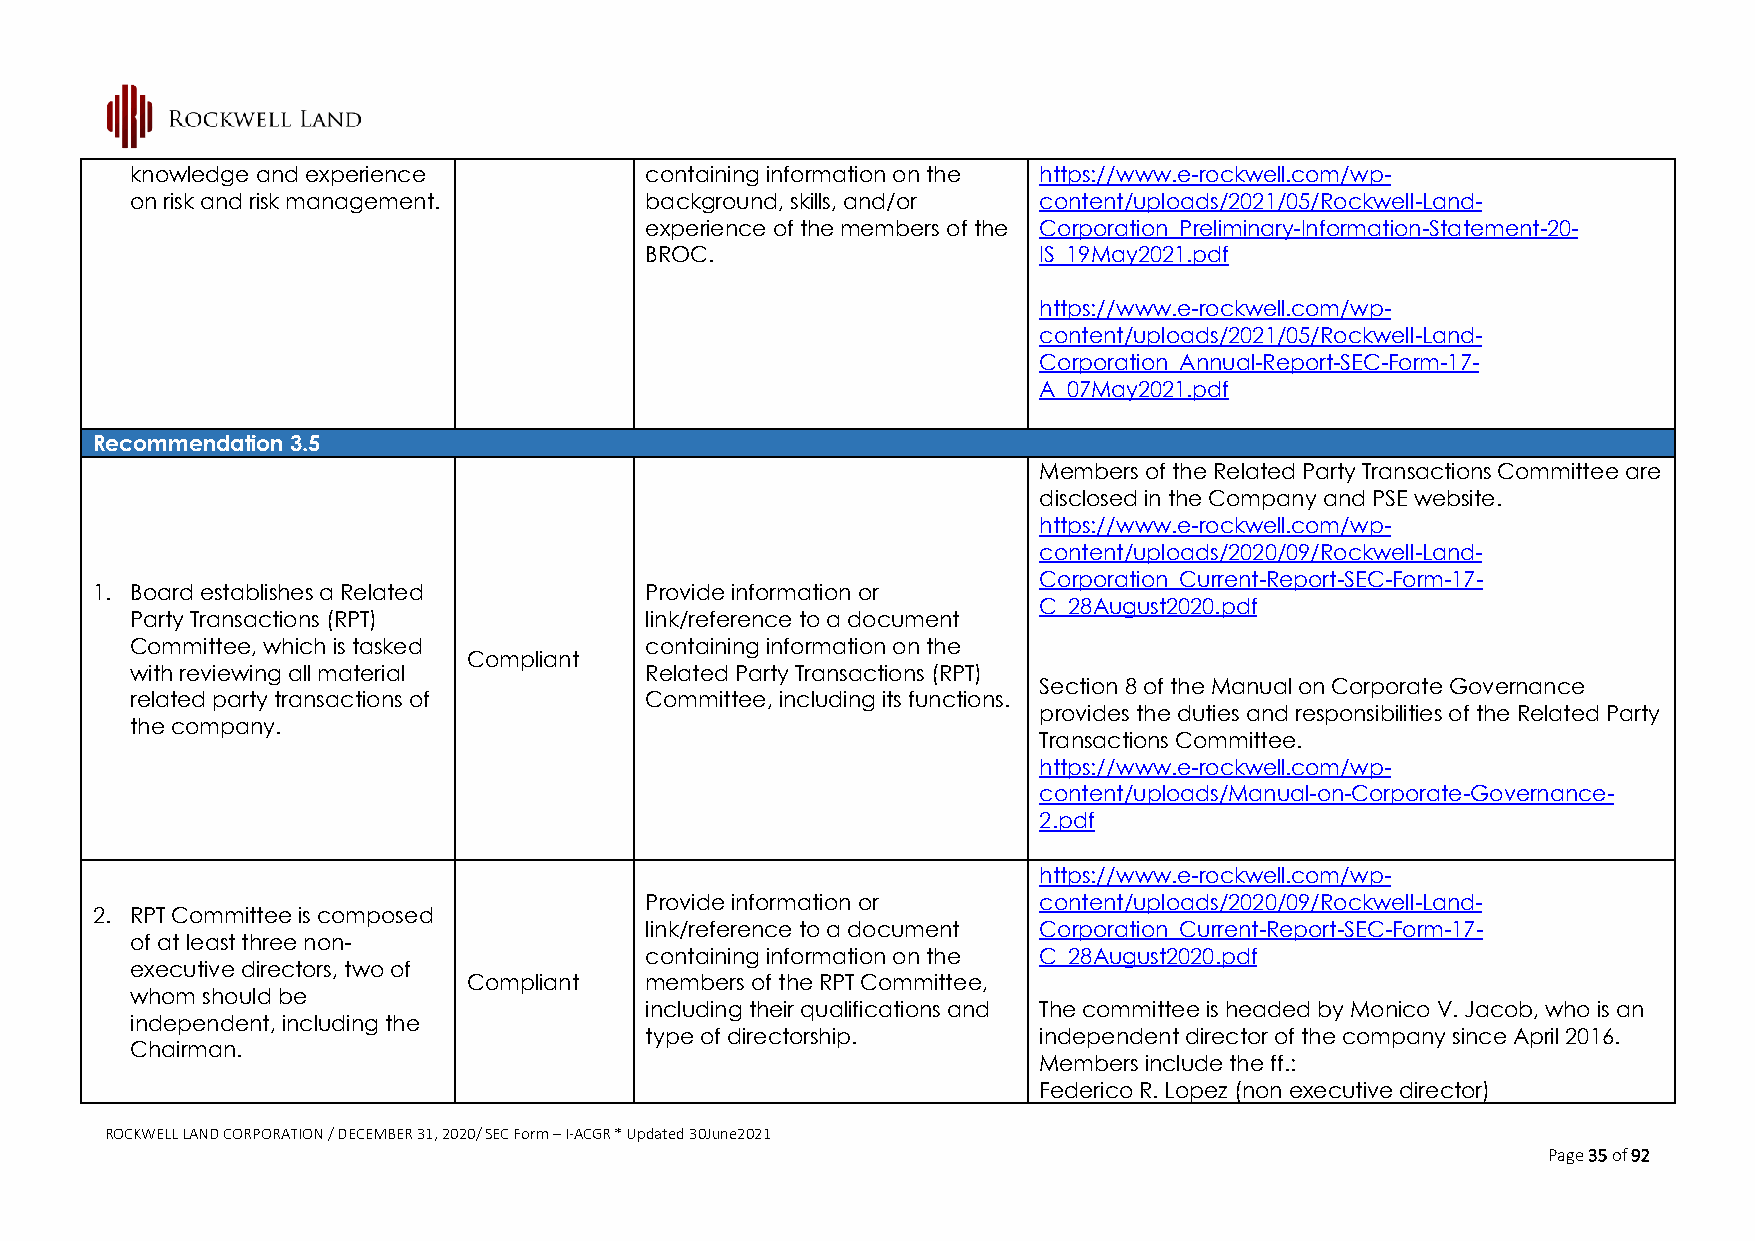
knowledge and experience          containing information on the https://www.e-rockwell.com/wp-
 on risk and risk management.      background, skills, and/or content/uploads/2021/05/Rockwell-Land-
 experience of the members of the Corporation_Preliminary-Information-Statement-20-
 BROC.                     IS_19May2021.pdf
 https://www.e-rockwell.com/wp-
 content/uploads/2021/05/Rockwell-Land-
 Corporation_Annual-Report-SEC-Form-17-
 A_07May2021.pdf
 Recommendation 3.5
 Members of the Related Party Transactions Committee are
 disclosed in the Company and PSE website.
 https://www.e-rockwell.com/wp-
 content/uploads/2020/09/Rockwell-Land-
 Corporation_Current-Report-SEC-Form-17-
 1. Board establishes a Related       Provide information or
 C_28August2020.pdf
 Party Transactions (RPT)          link/reference to a document
 Committee, which is tasked        containing information on the
 Compliant
 with reviewing all material       Related Party Transactions (RPT)
 Section 8 of the Manual on Corporate Governance
 related party transactions of     Committee, including its functions.
 provides the duties and responsibilities of the Related Party
 the company.
 Transactions Committee.
 https://www.e-rockwell.com/wp-
 content/uploads/Manual-on-Corporate-Governance-
 2.pdf
 https://www.e-rockwell.com/wp-
 Provide information or    content/uploads/2020/09/Rockwell-Land-
 2. RPT Committee is composed
 link/reference to a document Corporation_Current-Report-SEC-Form-17-
 of at least three non-
 containing information on the C_28August2020.pdf
 executive directors, two of
 Compliant   members of the RPT Committee,
 whom should be
 including their qualifications and The committee is headed by Monico V. Jacob, who is an
 independent, including the
 type of directorship.     independent director of the company since April 2016.
 Chairman.
 Members include the ff.:
 Federico R. Lopez (non executive director)
 ROCKWELL LAND CORPORATION / DECEMBER 31, 2020/ SEC Form – I-ACGR * Updated 30June2021
 Page 35 of 92